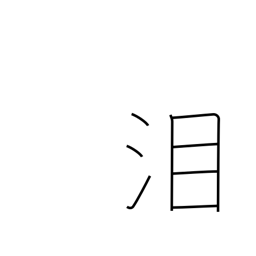
Meaning: tears